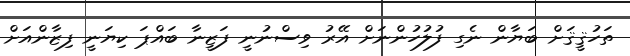
ތަހުޤީޤަށް ބަޔާން ނެގި ފުލުހުންނަށް އޭރު ވިސްނުނީ ފަޒީނާ ބައްޕަ ކިޔަނީ ފިޒާންއަށް